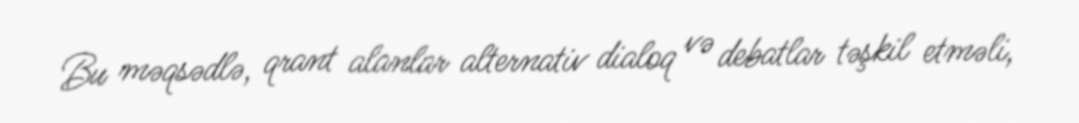
Bu məqsədlə, qrant alanlar alternativ dialoq və debatlar təşkil etməli,